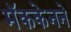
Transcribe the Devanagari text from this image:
मॅककेनने